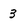
Character: 3